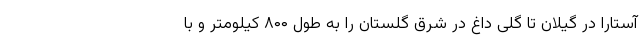
آستارا در گیلان تا گلی داغ در شرق گلستان را به طول ۸۰۰ کیلومتر و با